Leningradi_Edasi_toimetus, lk 62
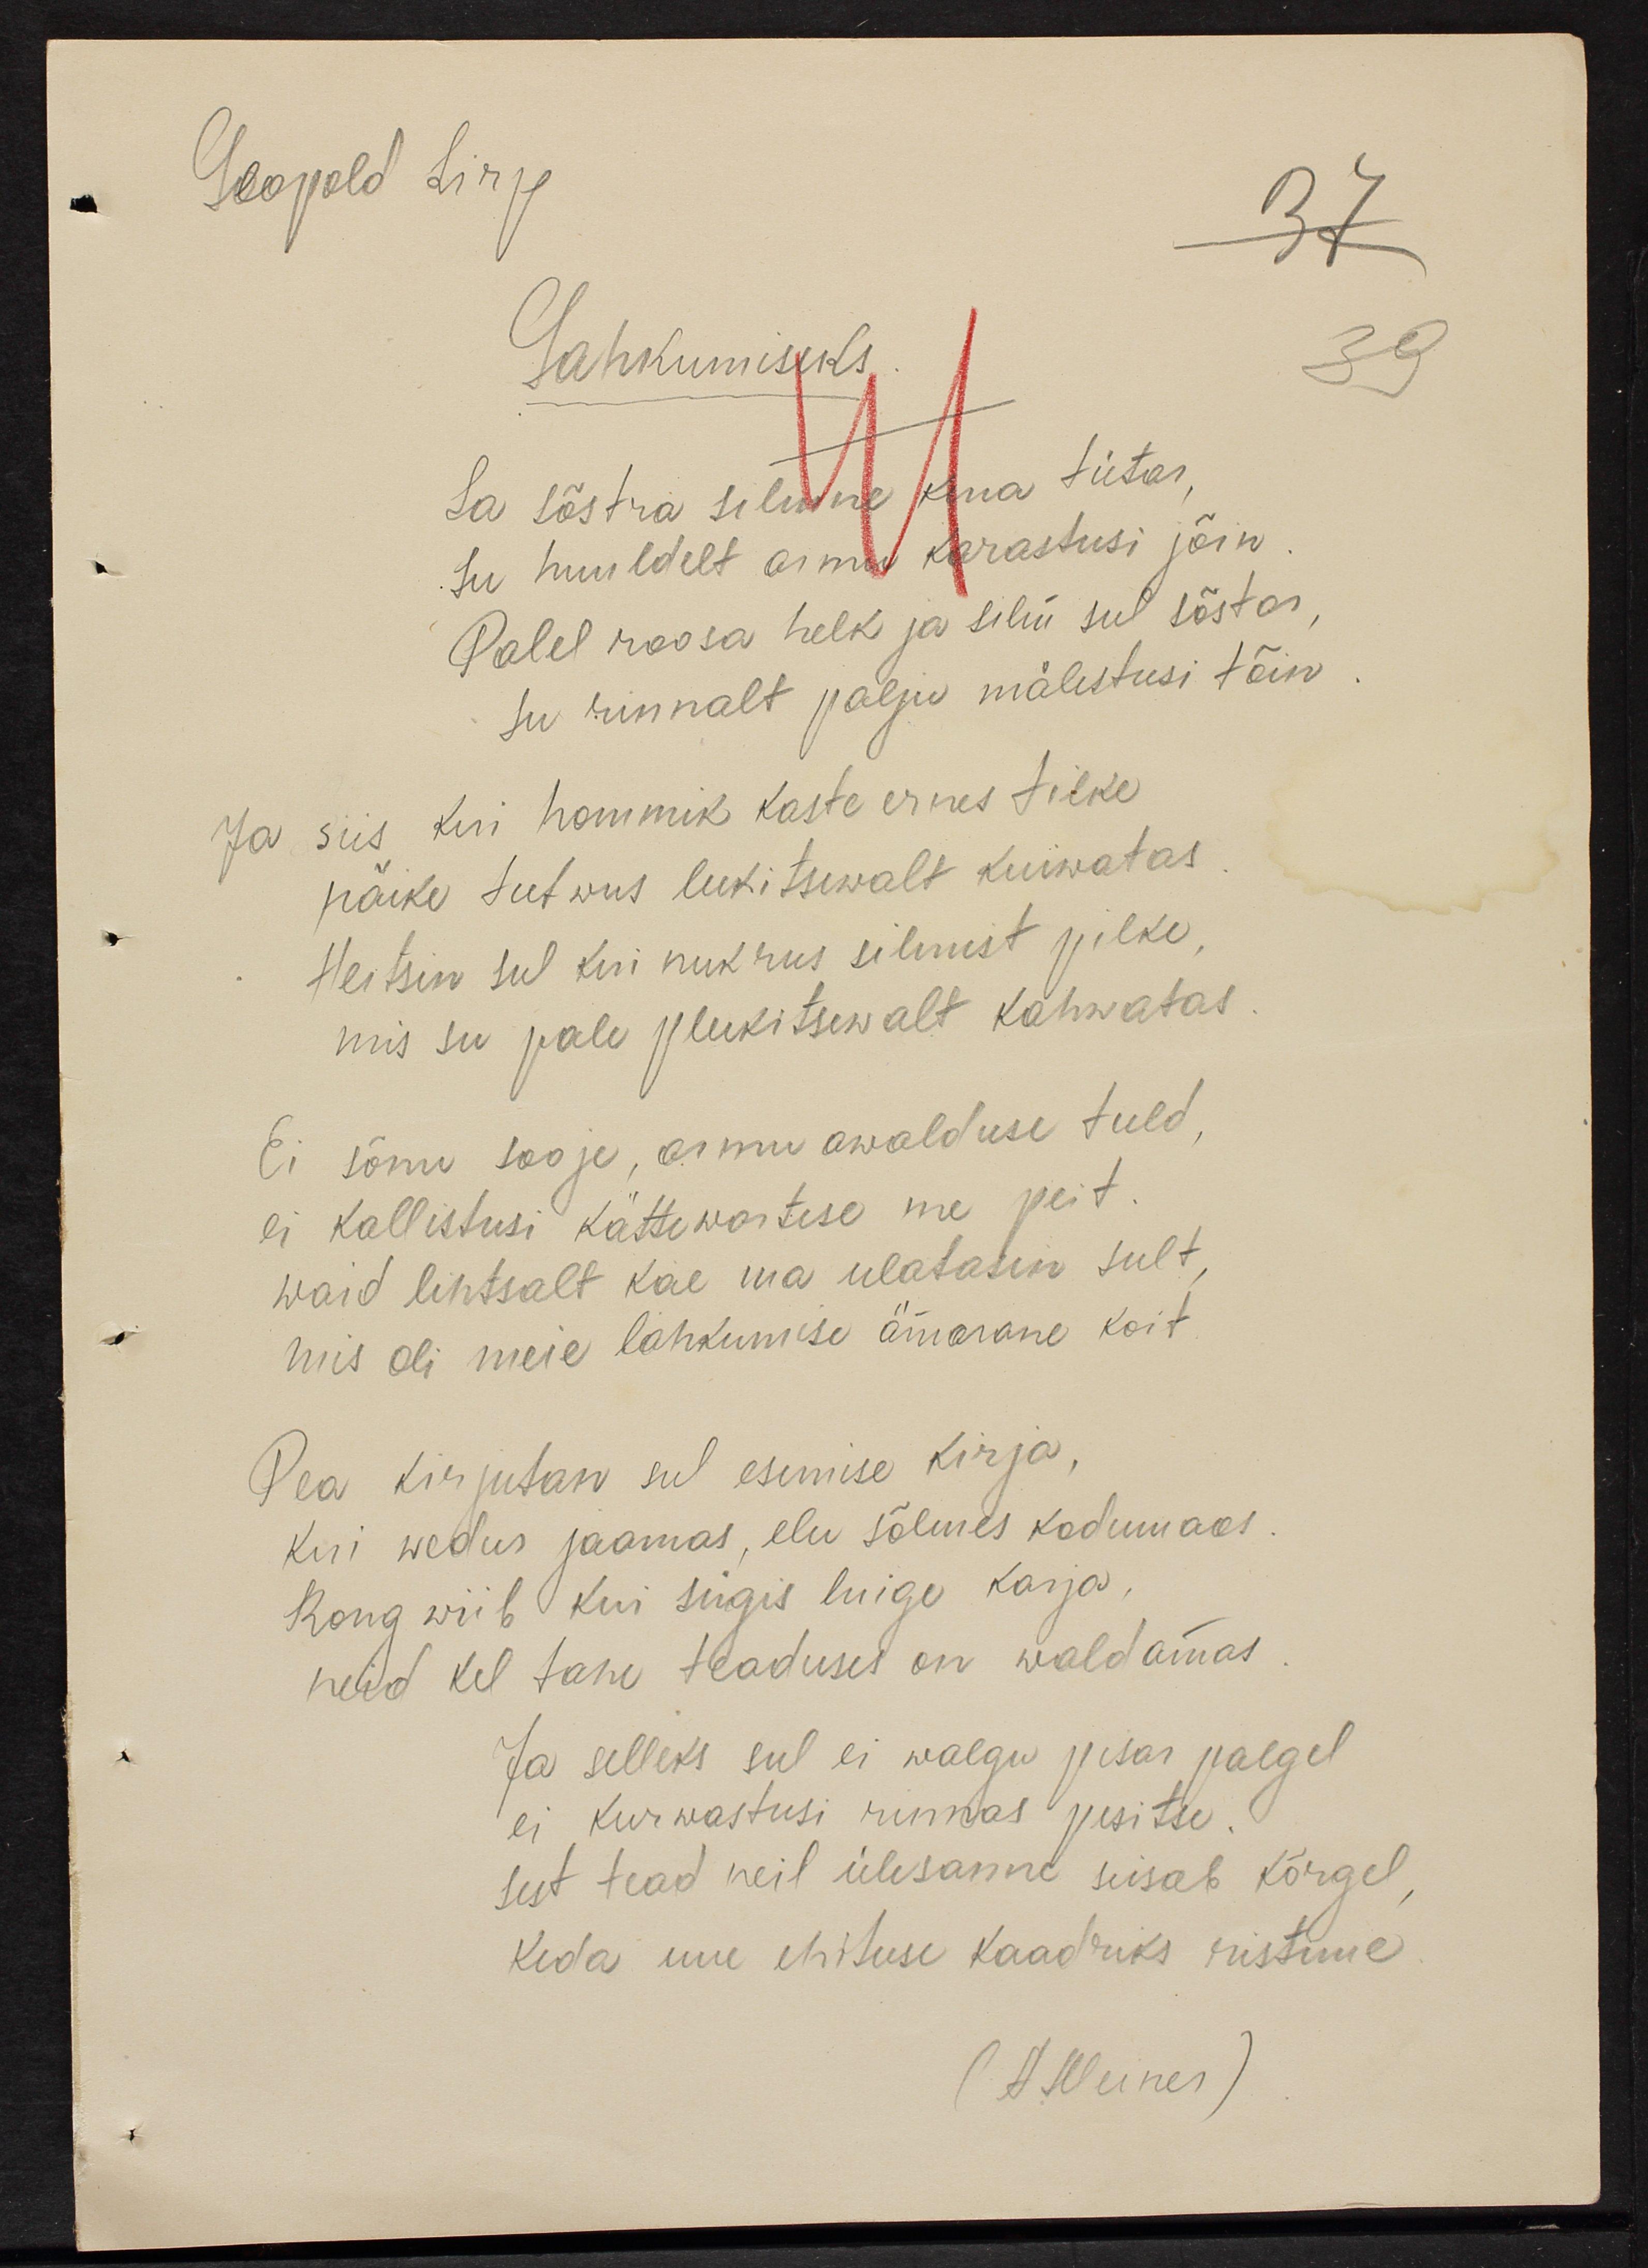
Leopold Sirp
Lahkumiseks
Sa sõstra silmne kena tütar
su huuldelt aimu karastusi jõin
Palel roosa helk ja silm sul sõstar,
su rinnalt palju mälestusi tõin
Ja siis kui hommik kaste ernes tilke
päike tutwus leekitsewalt kuiwatas
Heitsin sul kui nukrus silmist pilke,
mis su pale pleekitsewalt kahwatas.
Ei sõnu sooje, armu awalduse tuld,
ei kallistusi kättewastese me peit
waid lihtsalt käe ma ulatasin sult,
mis oli meie lahkumise ämarane koit.
Pea kirjutan sul esimise kirja
kui wedur jaamas, elu sõlmes kodumaas
Rong wiib kui sügis luige karja.
neid kel tasu teaduses on waldamas
Ja selleks sul ei walgu pisar palgel
ei kurwastusi rinnas pesitse.
sest tead neil ülesanne seisab kõrgel
keda uue ehituse kaadriks ristime
A. Meiner